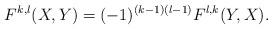
LaTeX: \begin{align*}F^{k,l}(X,Y)=(-1)^{(k-1)(l-1)}F^{l,k}(Y,X).\end{align*}